Plague in India, 1896, 1897 - Volume 1
Year: 1896
Disease focus: Plague
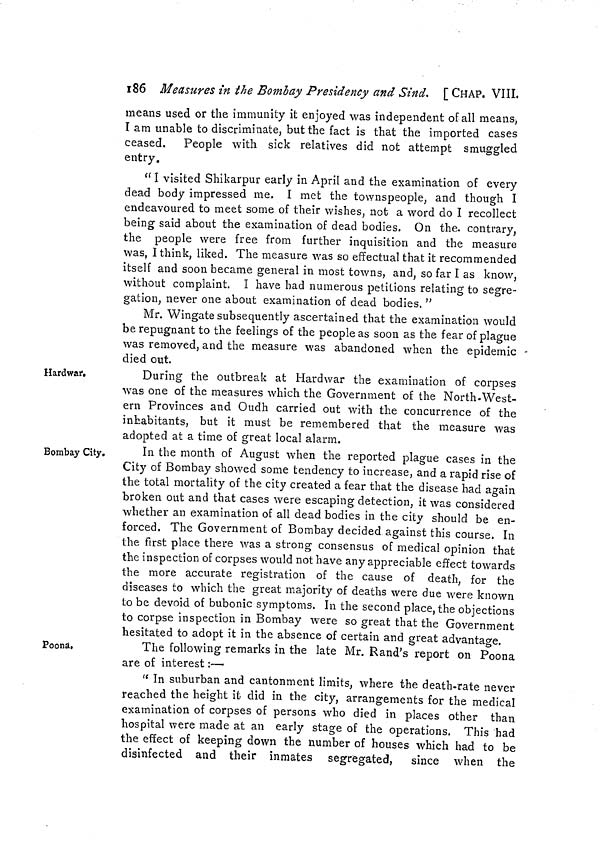
186 Measures in the Bombay Presidency and Sind. [ CHAP. VIII,
means used or the immunity it enjoyed was independent of all means,
I am unable to discriminate, but the fact is that the imported cases
ceased. People with sick relatives did not attempt smuggled
entry.
"I visited Shikarpur early in April and the examination of every
dead body impressed me. I met the townspeople, and though I
endeavoured to meet some of their wishes, not a word do I recollect
being said about the examination of dead bodies. On the. contrary,
the people were free from further inquisition and the measure
was, I think, liked. The measure was so effectual that it recommended
itself and soon became general in most towns, and, so far I as know,
without complaint. I have had numerous petitions relating to segre-
gation, never one about examination of dead bodies. "
Mr. Wingate subsequently ascertained that the examination would
be repugnant to the feelings of the people as soon as the fear of plague
was removed, and the measure was abandoned when the epidemic
died out.
Hardwar.
During the outbreak at Hardwar the examination of corpses
was one of the measures which the Government of the North-West-
ern Provinces and Oudh carried out with the concurrence of the
inhabitants, but it must be remembered that the measure was
adopted at a time of great local alarm.
Bombay City.
In the month of August when the reported plague cases in the
City of Bombay showed some tendency to increase, and a rapid rise of
the total mortality of the city created a fear that the disease had again
broken out and that cases were escaping detection, it was considered
whether an examination of all dead bodies in the city should be en-
forced. The Government of Bombay decided against this course. In
the first place there was a strong consensus of medical opinion that
the inspection of corpses would not have any appreciable effect towards
the more accurate registration of the cause of death, for the
diseases to which the great majority of deaths were due were known
to be devoid of bubonic symptoms. In the second place, the objections
to corpse inspection in Bombay were so great that the Government
hesitated to adopt it in the absence of certain and great advantage.
Poona.
The following remarks in the late Mr. Rand's report on Poona
are of interest :—
" In suburban and cantonment limits, where the death-rate never
reached the height it did in the city, arrangements for the medical
examination of corpses of persons who died in places other than
hospital were made at an early stage of the operations. This had
the effect of keeping down the number of houses which had to be
disinfected and their inmates segregated, since when the